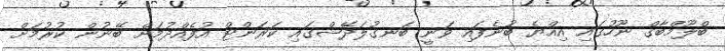
ބްލޫމްބާގް ނޫހުގައި އިއްޔެ ބުނެފައި ވަނީ ބަނގުލަދޭޝްގައި ކަރަންޓް އުފެއްދުމަށް ބޭނުން ކުރުމަށް